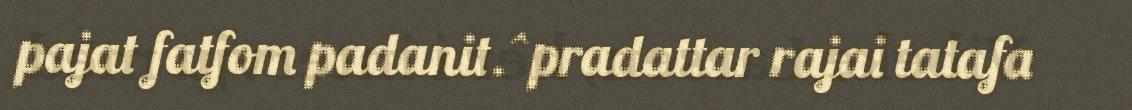
pajat fatfom padanit.^pradattar rajai tatafa